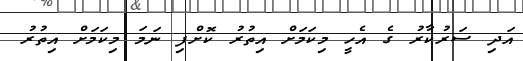
އަދި ސަރުކާރު ގެ އެހީ މިކަމަށް އިތުރު ކޮށްފި ނަމަ މިކަމަށް އިތުރު